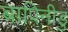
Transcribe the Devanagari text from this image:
बापिनीडु